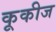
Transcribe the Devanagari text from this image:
कूकीज